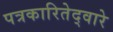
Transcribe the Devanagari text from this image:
पत्रकारितेद्वारे